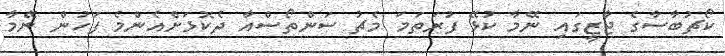
ކޯޗުބާސާގެ ޖާޒީގައި ނޭމާ ކުޅޭ ފުރަތަމަ މެޗު ސަންތޯސްއާ ދެކޮޅަށްއެންމެ ފަހުން ނޭމާ